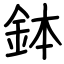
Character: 鉢